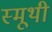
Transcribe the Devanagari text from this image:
स्मूथी